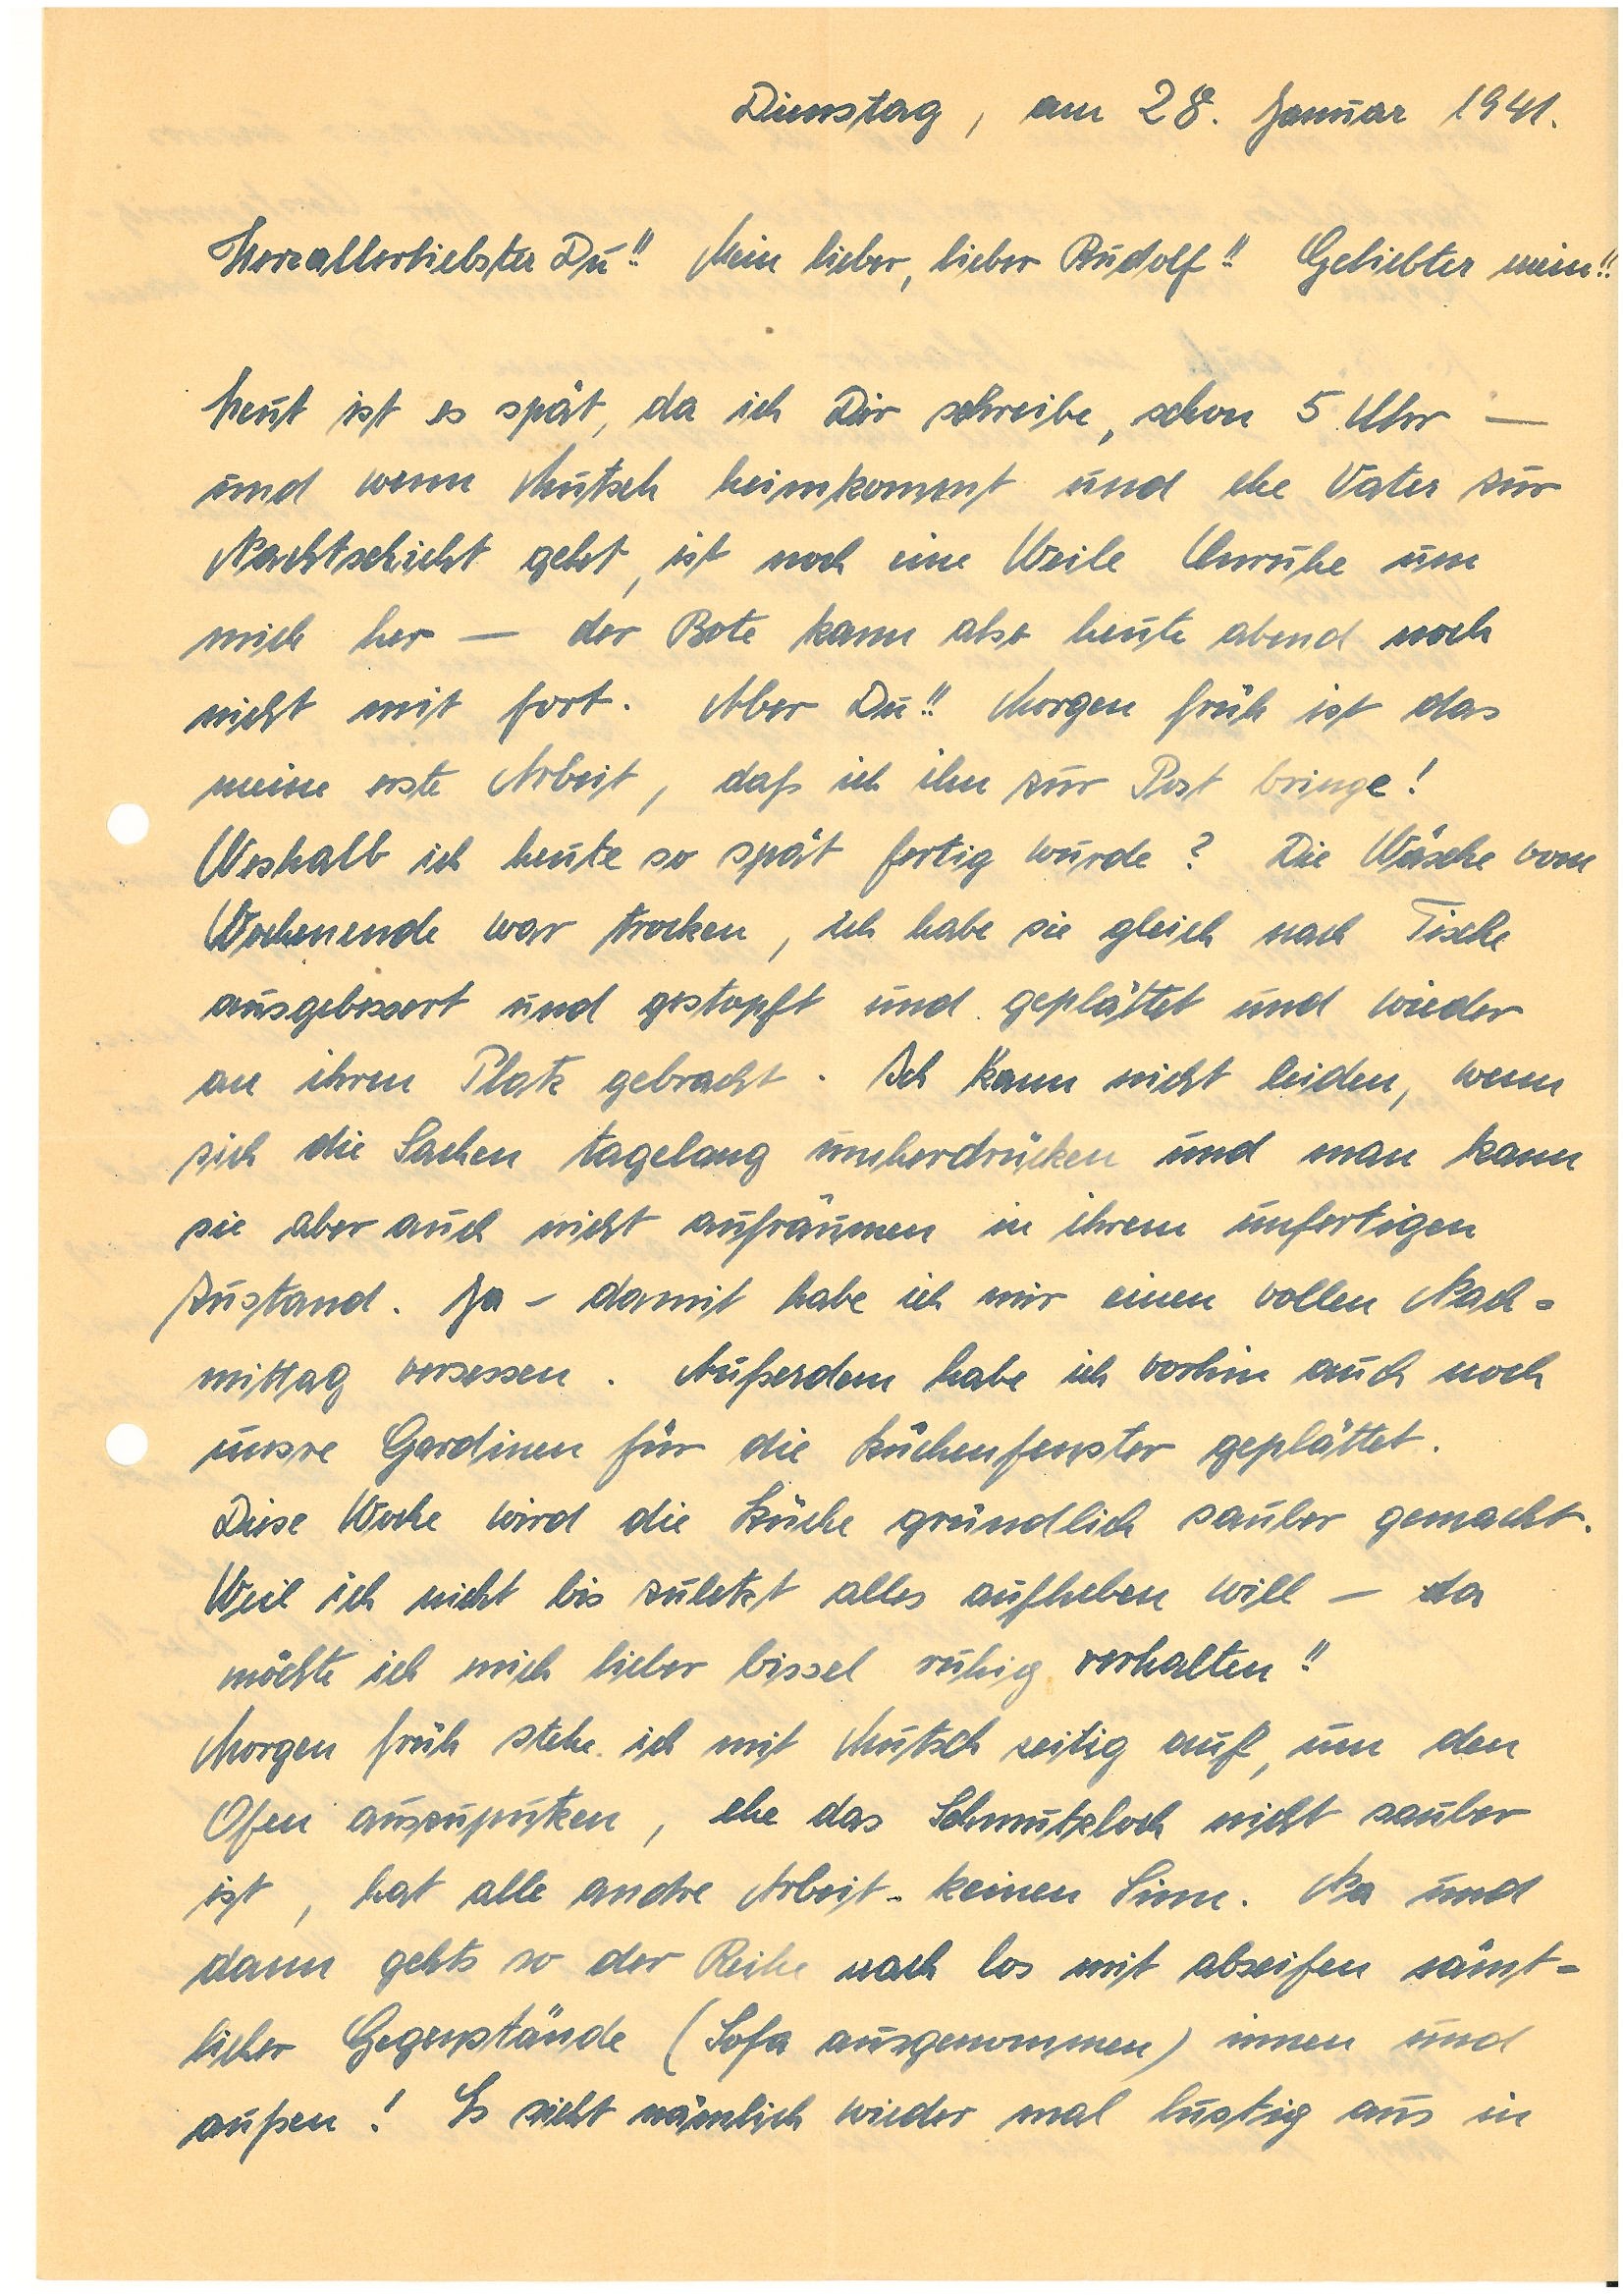
Dienstag, am 28. Januar 1941.
Herzallerliebster Du!! Mein lieber, lieber !! Geliebter mein!!
Heut ist es spät, da ich Dir schreibe, schon 5 Uhr –
und wenn Mutsch heimkommt und ehe Vater zur
Nachtschicht geht, ist noch eine Weile Unruhe um
mich her – der Bote kann also heute abend noch
nicht mit fort. Aber Du!! Morgen früh ist das
meine erste Arbeit, daß ich ihn zur Post bringe!
Weshalb ich heute so spät fertig wurde? Die Wäsche vom
Wochenende war trocken, ich habe sie gleich nach Tische
ausgebessert und gestopft und geplättet und wieder
an ihren Platz gebracht. Ich kann nicht leiden, wenn
sich die Sachen tagelang umherdrücken und man kann
sie aber auch nicht aufräumen in ihrem unfertigen
Zustand. Ja – damit habe ich mir einen vollen Nach¬
mittag versessen. Außerdem habe ich vorhin auch noch
unsre Gardinen für die Küchenfenster geplättet.
Diese Woche wird die Küche gründlich sauber gemacht.
Weil ich nicht bis zuletzt alles aufheben will – da
möchte ich mich lieber bissel ruhig verhalten!!
Morgen früh stehe ich mit Mutsch zeitig auf, um den
Ofen auszuputzen, ehe das Schmutzloch nicht sauber
ist, hat alle andre Arbeit keinen Sinn. Na und
dann gehts der Reihe nach los mit abseifen  sämt¬
licher Gegenstände (Sofa ausgenommen) innen und
außen! Es sieht nämlich wieder mal lustig aus in